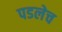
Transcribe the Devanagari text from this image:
पडलेच